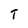
Character: T